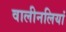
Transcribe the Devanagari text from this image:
वालीनलियां